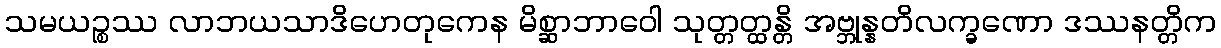
သမယဉ္စဿ လာဘယသာဒိဟေတုကေန မိစ္ဆာဘာဝေါ သုတ္တတ္ထန္တိ အဗ္ဘုန္နတိလက္ခဏော ဒဿနတ္တိက